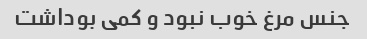
جنس مرغ خوب نبود و کمی بوداشت